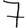
Digit: 7